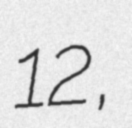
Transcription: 12,